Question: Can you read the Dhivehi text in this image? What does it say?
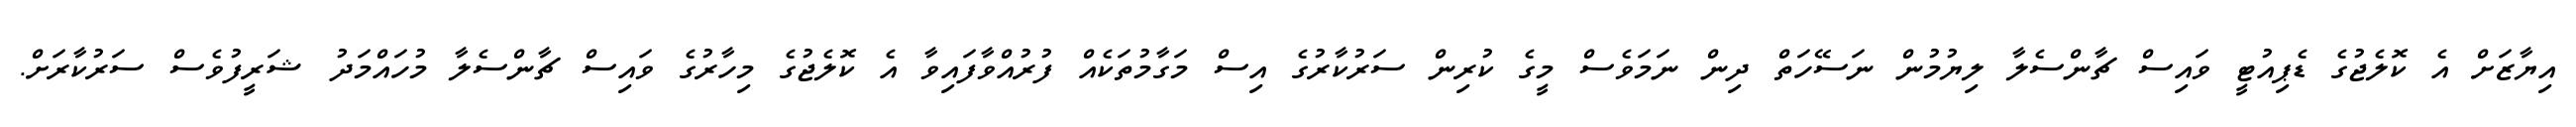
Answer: އިޔާޒަށް އެ ކޮލެޖުގެ ޑެޕިއުޓީ ވައިސް ޗާންސެލާ ލިޔުމުން ނަސޭހަތް ދިން ނަމަވެސް މީގެ ކުރިން ސަރުކާރުގެ އިސް މަގާމުތަކެއް ފުރުއްވާފައިވާ އެ ކޮލެޖުގެ މިހާރުގެ ވައިސް ޗާންސެލާ މުހައްމަދު ޝަރީފުވެސް ސަރުކާރަށް.